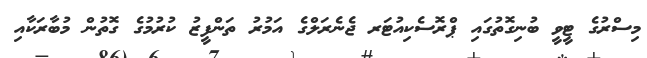
މިސްރުގެ ޓީވީ ބުނިގޮތުގައި ޕްރޮސެކިއުޓަރ ޖެނެރަލްގެ އަމުރު ތަންފީޒު ކުރުމުގެ ގޮތުން މުބާރަކާއި